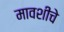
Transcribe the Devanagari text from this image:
मावशीचे